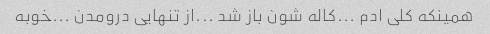
همینکه کلی ادم ...کاله شون باز شد ...از تنهایی درومدن ...خوبه